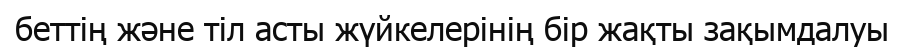
беттің және тіл асты жүйкелерінің бір жақты зақымдалуы